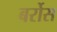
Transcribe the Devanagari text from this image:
बर्रोस